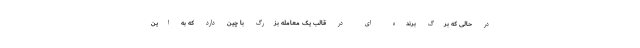
در حالی که برگ برنده ای در قالب یک معامله بزرگ با چین دارد که به این